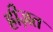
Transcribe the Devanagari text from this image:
ह्रीज़त